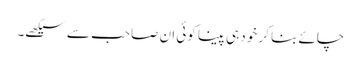
چائے بنا کر خود ہی پینا کوئی ان صاحب سے سیکھے۔